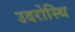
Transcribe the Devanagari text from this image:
उदरोस्थि